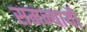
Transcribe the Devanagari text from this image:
समन्यायी